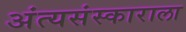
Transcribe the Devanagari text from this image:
अंत्यसंस्काराला